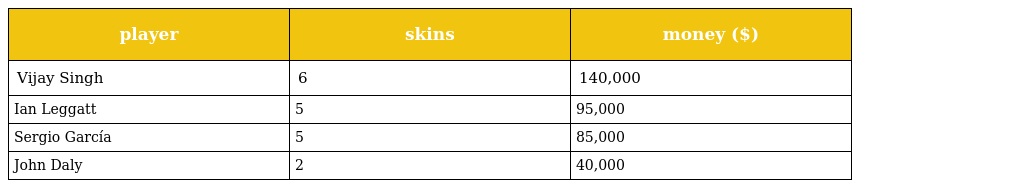
| player | skins | money ($) |
 | --- | --- | --- |
 | Vijay Singh | 6 | 140,000 |
 | Ian Leggatt | 5 | 95,000 |
 | Sergio García | 5 | 85,000 |
 | John Daly | 2 | 40,000 |